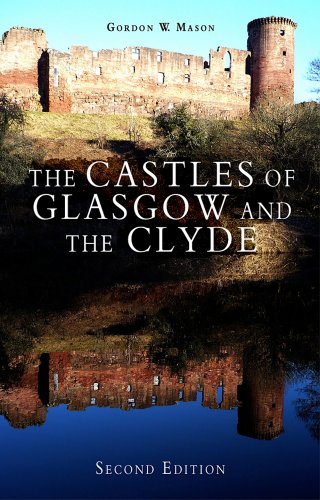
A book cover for The Castles of Glasgow and the Clyde; Gordon W. Mason; Travel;